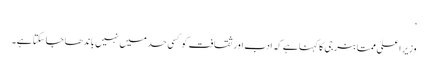
‘
وزیر اعلیٰ ممتا بنرجی کا کہنا ہے کہ ادب اور ثقافت کو کسی حد میں نہیں باندھا جا سکتا ہے۔